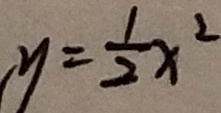
y = \frac { 1 } { 2 } x ^ { 2 }